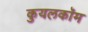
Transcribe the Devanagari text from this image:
कुयलकॉम